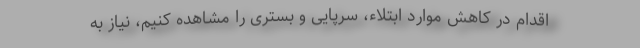
اقدام در کاهش موارد ابتلاء، سرپایی و بستری را مشاهده کنیم، نیاز به